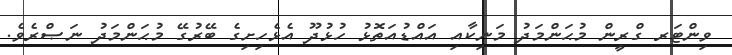
ވިންޓަރ ގްރީން މުޙަންމަދު މަނިކާއި އައްޑުއަތޮޅު ހުޅުދޫ އެޅެހިށިގެ ބޭރުގޭ މުޙަންމަދު ނަޞްރެވެ.